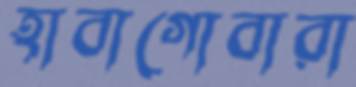
হাবাগোবারা